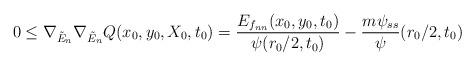
LaTeX: \begin{align*}0\leq\nabla_{\tilde E_n}\nabla_{\tilde E_n}Q(x_0,y_0,X_0,t_0)=\frac{E_{f_{nn}}(x_0,y_0,t_0)}{\psi(r_0/2,t_0)}-\frac{m\psi_{ss}}{\psi}(r_0/2,t_0)\\\end{align*}